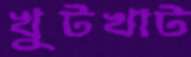
খুটখাট